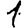
Digit: 1